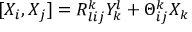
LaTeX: [ X _ { i } , X _ { j } ] = R _ { l i j } ^ { k } Y _ { k } ^ { l } + \Theta _ { i j } ^ { k } X _ { k }